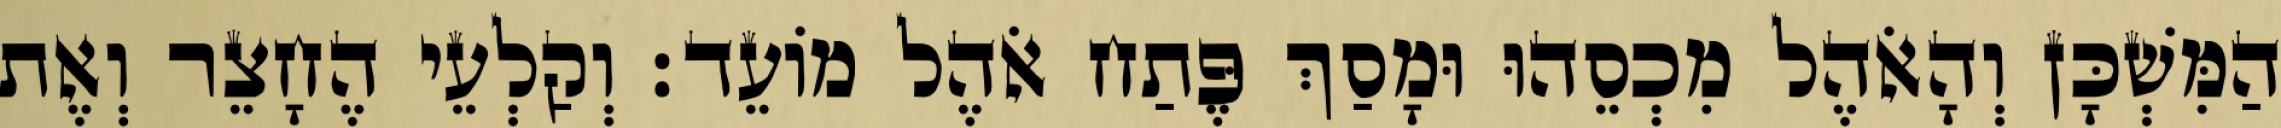
הַמִּשְׁכָּן וְהָאֹהֶל מִכְסֵהוּ וּמָסַךְ פֶּתַח אֹהֶל מוֹעֵד׃ וְקַלְעֵי הֶחָצֵר וְאֶת